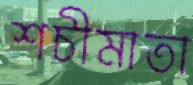
শচীমাতা